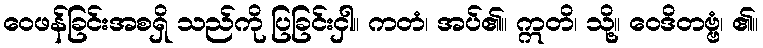
ဝေဖန်ခြင်းအစရှိ သည်ကို ပြခြင်းငှါ။ ကတံ၊ အပ်၏။ ဣတိ၊ သို့။ ဝေဒိတဗ္ဗံ၊ ၏။